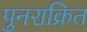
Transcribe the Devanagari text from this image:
पुनराक्रित